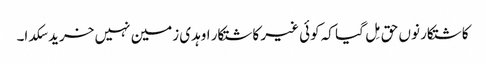
کاشتکار نوں حق مِل گیا کہ کوئی غیر کاشتکار اوہدی زمین نہیں خرید سکدا۔